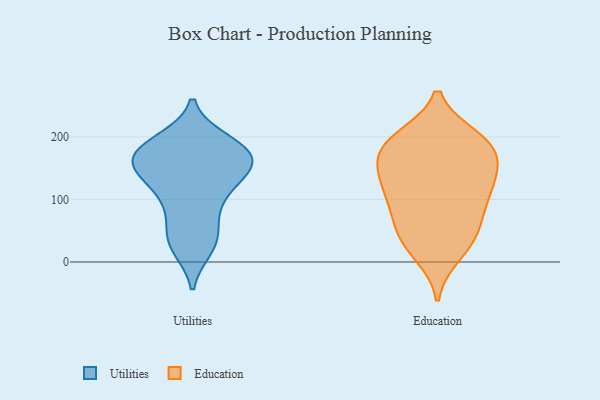
{"axis": {"x": "Page Views", "y": "Value"}, "legend": ["Education", "Utilities"], "data": [{"x": "", "y": 160, "type": "Utilities"}, {"x": "", "y": 109, "type": "Utilities"}, {"x": "", "y": 117, "type": "Utilities"}, {"x": "", "y": 181, "type": "Utilities"}, {"x": "", "y": 75, "type": "Utilities"}, {"x": "", "y": 176, "type": "Utilities"}, {"x": "", "y": 181, "type": "Utilities"}, {"x": "", "y": 191, "type": "Utilities"}, {"x": "", "y": 145, "type": "Utilities"}, {"x": "", "y": 46, "type": "Utilities"}, {"x": "", "y": 27, "type": "Utilities"}, {"x": "", "y": 140, "type": "Utilities"}, {"x": "", "y": 170, "type": "Utilities"}, {"x": "", "y": 156, "type": "Utilities"}, {"x": "", "y": 98, "type": "Utilities"}, {"x": "", "y": 152, "type": "Utilities"}, {"x": "", "y": 193, "type": "Utilities"}, {"x": "", "y": 35, "type": "Utilities"}, {"x": "", "y": 23, "type": "Utilities"}, {"x": "", "y": 159, "type": "Utilities"}, {"x": "", "y": 162, "type": "Education"}, {"x": "", "y": 130, "type": "Education"}, {"x": "", "y": 141, "type": "Education"}, {"x": "", "y": 181, "type": "Education"}, {"x": "", "y": 191, "type": "Education"}, {"x": "", "y": 40, "type": "Education"}, {"x": "", "y": 117, "type": "Education"}, {"x": "", "y": 95, "type": "Education"}, {"x": "", "y": 198, "type": "Education"}, {"x": "", "y": 69, "type": "Education"}, {"x": "", "y": 141, "type": "Education"}, {"x": "", "y": 13, "type": "Education"}, {"x": "", "y": 56, "type": "Education"}, {"x": "", "y": 100, "type": "Education"}, {"x": "", "y": 193, "type": "Education"}, {"x": "", "y": 28, "type": "Education"}, {"x": "", "y": 186, "type": "Education"}]}